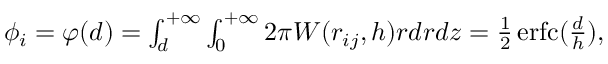
\begin{array} { r } { \phi _ { i } = \varphi ( d ) = \int _ { d } ^ { + \infty } \int _ { 0 } ^ { + \infty } 2 \pi W ( r _ { i j } , h ) r d r d z = \frac { 1 } { 2 } \operatorname { e r f c } ( \frac { d } { h } ) , } \end{array}